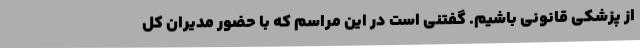
از پزشکی قانونی باشیم. گفتنی است در این مراسم که با حضور مدیران کل